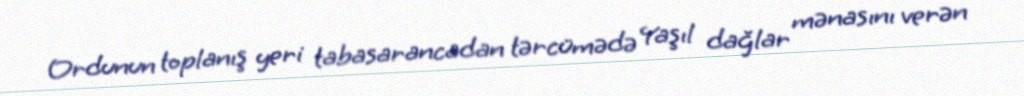
Ordunun toplanış yeri tabasarancadan tərcümədə Yaşıl dağlar mənasını verən